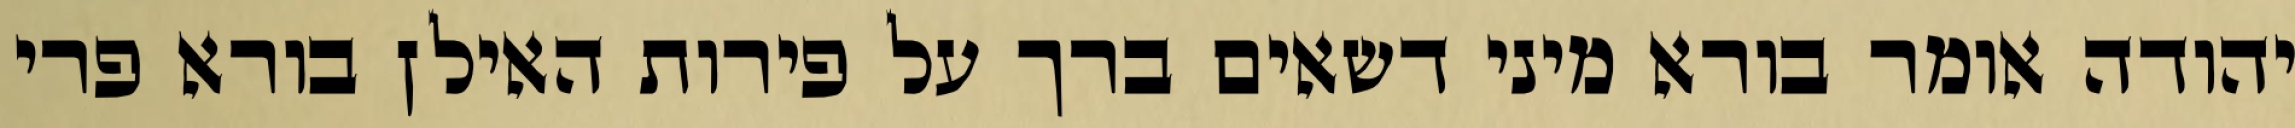
יהודה אומר בורא מיני דשאים ברך על פירות האילן בורא פרי